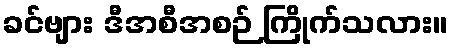
ခင်ဗျား ဒီအစီအစဉ် ကြိုက်သလား။